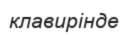
клавирінде